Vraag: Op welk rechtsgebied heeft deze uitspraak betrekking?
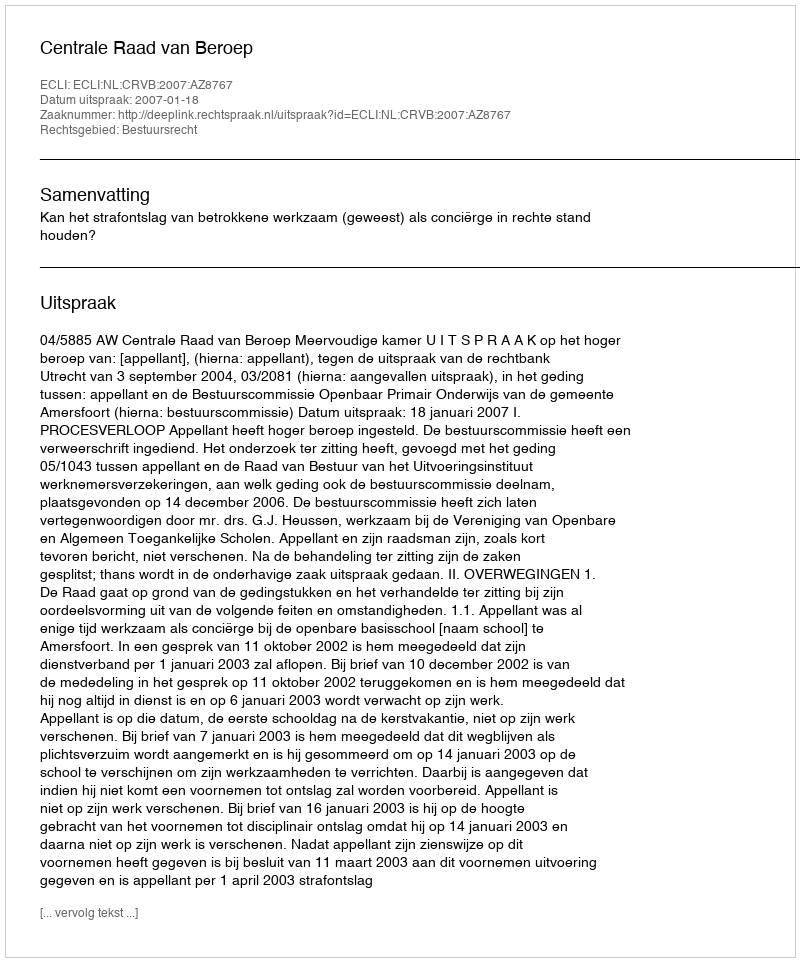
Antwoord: Bestuursrecht